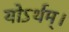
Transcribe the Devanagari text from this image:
योऽर्थम्।